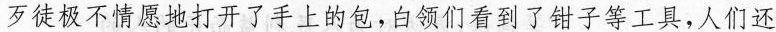
歹徒极不情愿地打开了手上的包，白领们看到了钳子等工具，人们还